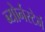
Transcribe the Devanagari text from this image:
ब्योर्नस्टेर्न